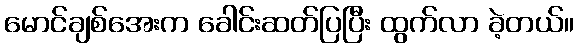
မောင်ချစ်အေးက ခေါင်းဆတ်ပြပြီး ထွက်လာ ခဲ့တယ်။